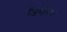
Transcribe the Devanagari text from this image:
जिगनिया